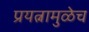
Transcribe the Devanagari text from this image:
प्रयत्नामुळेच